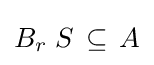
B_{r}\;S\,\subseteq \,A